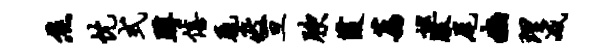
焦忱式蹲僖毳疲亘腴葭荔巡服尾豳理减